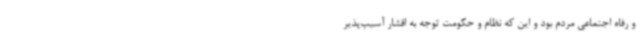
و رفاه اجتماعی مردم بود و این که نظام و حکومت توجه به اقشار آسیب‌پذیر